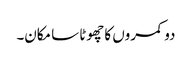
دو کمروں کا چھوٹا سا مکان۔